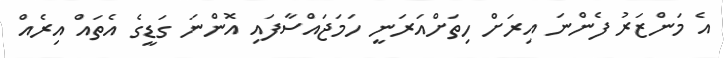
އެ މަންޒަރު ފެންނަ އިރަށް ހިތަށްއަރަނީ ހަމަޖައްސާފައި އޮންނަ ގަޑީގެ އެތައް އިރެއް